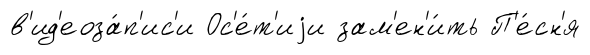
в'ид'еоза́п'ис'и Ос'е́т'иjи зам'ен'и́ть П'е́сн'я